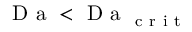
\mathrm { ~ D ~ a ~ } < \mathrm { ~ D ~ a ~ } _ { \mathrm { ~ c ~ r ~ i ~ t ~ } }